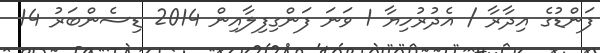
ފަންޑުގެ އިދާރާ / އެދުރުހިޔާ 1 ވަނަ ފަންގިފިލާއިން 2014 ޑިސެންބަރު 14